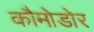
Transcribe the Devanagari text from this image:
कौमोडोर